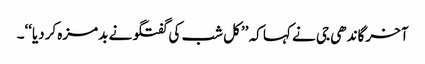
آخر گاندھی جی نے کہا کہ ’’کل شب کی گفتگو نے بدمزہ کردیا‘‘۔